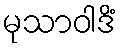
မုသာဝါဒိံ